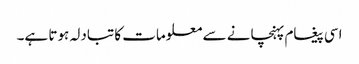
اسی پیغام پہنچانے سے معلومات کا تبادلہ ہوتا ہے۔